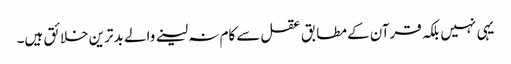
یہی نہیں بلکہ قرآن کے مطابق عقل سے کام نہ لینے والے بدترین خلائق ہیں۔